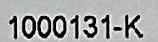
1000131-K